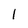
Character: 1